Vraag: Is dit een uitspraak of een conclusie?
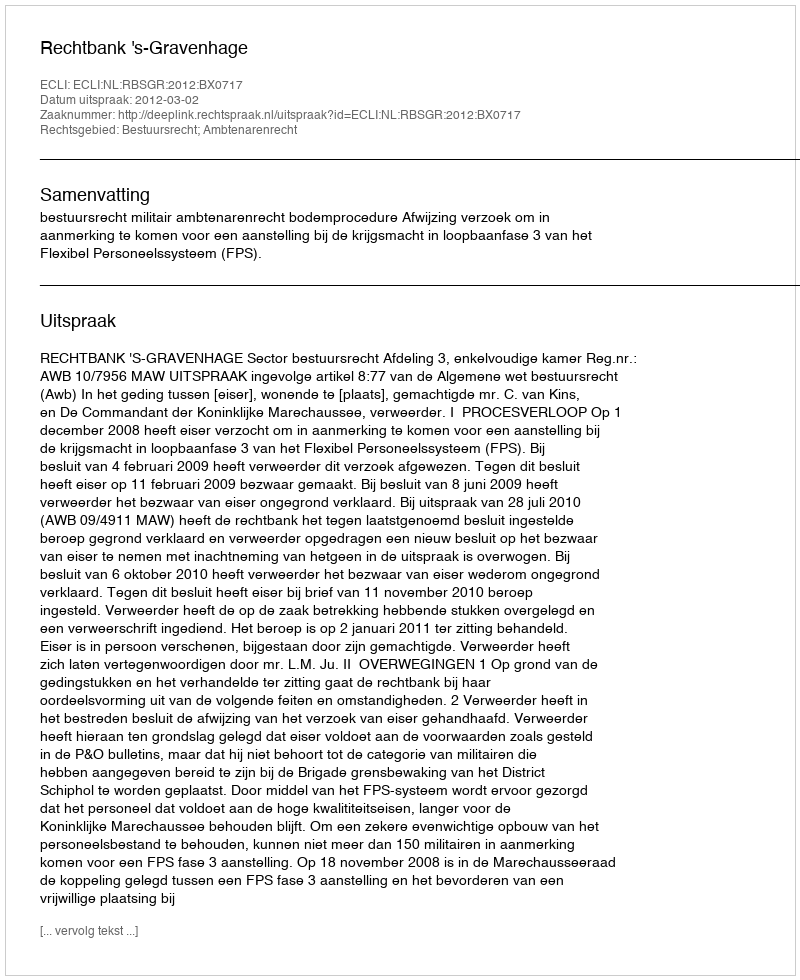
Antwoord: Uitspraak